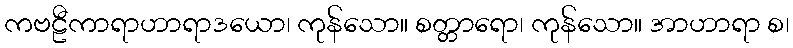
ကဗဠီကာရာဟာရာဒယော၊ ကုန်သော။ စတ္တာရော၊ ကုန်သော။ အာဟာရာ စ၊